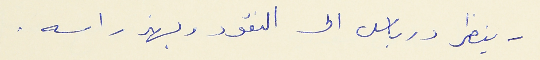
- ينظر درباس الى النقود ويهذ راسه .